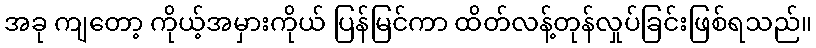
အခု ကျတော့ ကိုယ့်အမှားကိုယ် ပြန်မြင်ကာ ထိတ်လန့်တုန်လှုပ်ခြင်းဖြစ်ရသည်။